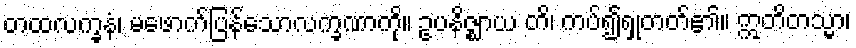
တထလက္ခနံ၊ မဖောက်ပြန်သောလက္ခဏာကို။ ဥပနိဇ္ဈာယ တိ၊ ကပ်၍ရှုတတ်၏။ ဣတိတသ္မာ၊